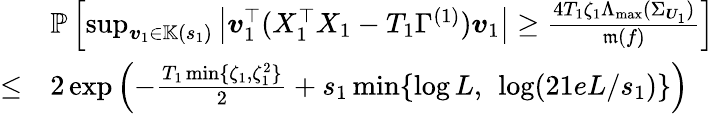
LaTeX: \begin{array}{rl}&{\mathbb P\left[\operatorname*{sup}_{\boldsymbol{v}_{1}\in\mathbb K(s_{1})}\left\vert\boldsymbol{v}_{1}^{\top}(X_{1}^{\top}X_{1}-T_{1}\Gamma^{(1)})\boldsymbol{v}_{1}\right\vert\geq\frac{4T_{1}\zeta_{1}\Lambda_{\operatorname*{max}}(\Sigma_{\boldsymbol{U}_{1}})}{\mathfrak m(f)}\right]}\\ {\leq}&{2\exp\left(-\frac{T_{1}\operatorname*{min}\{ \zeta_{1},\zeta_{1}^{2}\} }{2}+s_{1}\operatorname*{min}\{ \log L,~\log(21eL/s_{1})\} \right)}\end{array}